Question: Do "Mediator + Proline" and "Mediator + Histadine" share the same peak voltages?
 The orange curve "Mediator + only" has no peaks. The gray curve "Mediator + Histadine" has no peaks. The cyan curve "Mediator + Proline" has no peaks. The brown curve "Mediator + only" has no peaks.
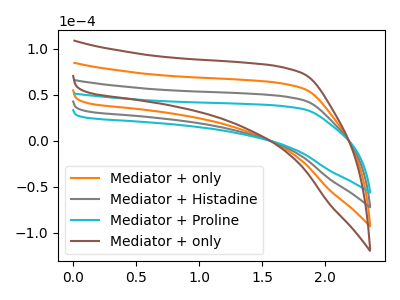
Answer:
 <answer>Niether CV has any peaks.</answer>
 <eval>blanks</eval>